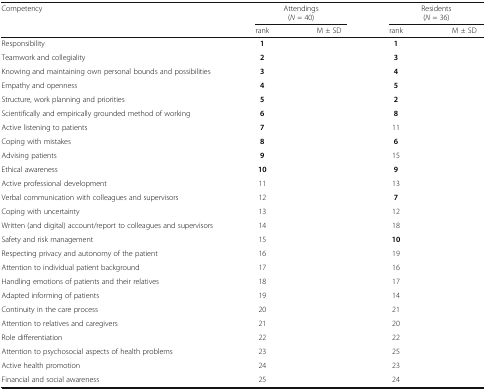
<table><thead><tr><td rowspan="2"><b>Competency</b></td><td colspan="2"><b>Attendings(<i>N</i> = 40)</b></td><td colspan="2"><b>Residents(<i>N</i> = 36)</b></td></tr><tr><td><b>rank</b></td><td><b>M ± SD</b></td><td><b>rank</b></td><td><b>M ± SD</b></td></tr></thead><tbody><tr><td>Responsibility</td><td><b>1</b></td><td>[EMPTY_CELL]</td><td><b>1</b></td><td>[EMPTY_CELL]</td></tr><tr><td>Teamwork and collegiality</td><td><b>2</b></td><td>[EMPTY_CELL]</td><td><b>3</b></td><td>[EMPTY_CELL]</td></tr><tr><td>Knowing and maintaining own personal bounds and possibilities</td><td><b>3</b></td><td>[EMPTY_CELL]</td><td><b>4</b></td><td>[EMPTY_CELL]</td></tr><tr><td>Empathy and openness</td><td><b>4</b></td><td>[EMPTY_CELL]</td><td><b>5</b></td><td>[EMPTY_CELL]</td></tr><tr><td>Structure, work planning and priorities</td><td><b>5</b></td><td>[EMPTY_CELL]</td><td><b>2</b></td><td>[EMPTY_CELL]</td></tr><tr><td>Scientifically and empirically grounded method of working</td><td><b>6</b></td><td>[EMPTY_CELL]</td><td><b>8</b></td><td>[EMPTY_CELL]</td></tr><tr><td>Active listening to patients</td><td><b>7</b></td><td>[EMPTY_CELL]</td><td>11</td><td>[EMPTY_CELL]</td></tr><tr><td>Coping with mistakes</td><td><b>8</b></td><td>[EMPTY_CELL]</td><td><b>6</b></td><td>[EMPTY_CELL]</td></tr><tr><td>Advising patients</td><td><b>9</b></td><td>[EMPTY_CELL]</td><td>15</td><td>[EMPTY_CELL]</td></tr><tr><td>Ethical awareness</td><td><b>10</b></td><td>[EMPTY_CELL]</td><td><b>9</b></td><td>[EMPTY_CELL]</td></tr><tr><td>Active professional development</td><td>11</td><td>[EMPTY_CELL]</td><td>13</td><td>[EMPTY_CELL]</td></tr><tr><td>Verbal communication with colleagues and supervisors</td><td>12</td><td>[EMPTY_CELL]</td><td><b>7</b></td><td>[EMPTY_CELL]</td></tr><tr><td>Coping with uncertainty</td><td>13</td><td>[EMPTY_CELL]</td><td>12</td><td>[EMPTY_CELL]</td></tr><tr><td>Written (and digital) account/report to colleagues and supervisors</td><td>14</td><td>[EMPTY_CELL]</td><td>18</td><td>[EMPTY_CELL]</td></tr><tr><td>Safety and risk management</td><td>15</td><td>[EMPTY_CELL]</td><td><b>10</b></td><td>[EMPTY_CELL]</td></tr><tr><td>Respecting privacy and autonomy of the patient</td><td>16</td><td>[EMPTY_CELL]</td><td>19</td><td>[EMPTY_CELL]</td></tr><tr><td>Attention to individual patient background</td><td>17</td><td>[EMPTY_CELL]</td><td>16</td><td>[EMPTY_CELL]</td></tr><tr><td>Handling emotions of patients and their relatives</td><td>18</td><td>[EMPTY_CELL]</td><td>17</td><td>[EMPTY_CELL]</td></tr><tr><td>Adapted informing of patients</td><td>19</td><td>[EMPTY_CELL]</td><td>14</td><td>[EMPTY_CELL]</td></tr><tr><td>Continuity in the care process</td><td>20</td><td>[EMPTY_CELL]</td><td>21</td><td>[EMPTY_CELL]</td></tr><tr><td>Attention to relatives and caregivers</td><td>21</td><td>[EMPTY_CELL]</td><td>20</td><td>[EMPTY_CELL]</td></tr><tr><td>Role differentiation</td><td>22</td><td>[EMPTY_CELL]</td><td>22</td><td>[EMPTY_CELL]</td></tr><tr><td>Attention to psychosocial aspects of health problems</td><td>23</td><td>[EMPTY_CELL]</td><td>25</td><td>[EMPTY_CELL]</td></tr><tr><td>Active health promotion</td><td>24</td><td>[EMPTY_CELL]</td><td>23</td><td>[EMPTY_CELL]</td></tr><tr><td>Financial and social awareness</td><td>25</td><td>[EMPTY_CELL]</td><td>24</td><td>[EMPTY_CELL]</td></tr></tbody></table>